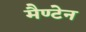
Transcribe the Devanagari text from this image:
मैण्टेन